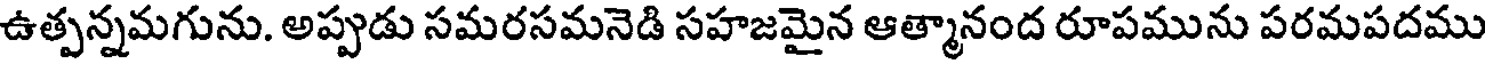
ఉత్పన్నమగును. అప్పుడు సమరసమనెడి సహజమైన ఆత్మానంద రూపమును పరమపదము